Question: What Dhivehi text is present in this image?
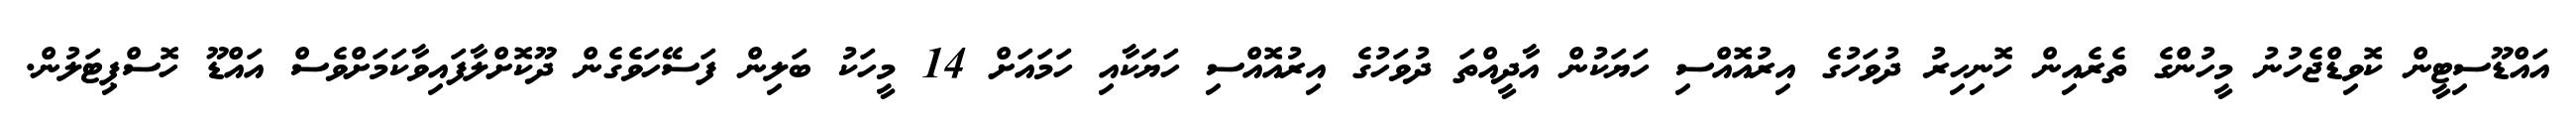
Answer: އައްޑޫސިޓީން ކޮވިޑްޖެހުނު މީހުންގެ ތެރެއިން ހޮނިހިރު ދުވަހުގެ އިރުއޮއްސި ހަޔަކުން އާދީއްތަ ދުވަހުގެ އިރުއޮއްސި ހަޔަކާއި ހަމައަށް 14 މީހަކު ބަލިން ފަސޭހަވެގެން ދޫކޮށްލާފައިވާކަމަށްވެސް އައްޑޫ ހޮސްޕިޓަލުން.